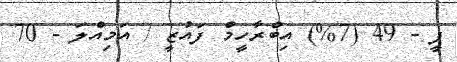
ޕީ - 49 (7%) އިބްރާހީމް ފައުޒީ / އަމިއްލަ - 70